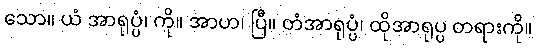
သော။ ယံ အာရုပ္ပံ၊ ကို။ အာဟ၊ ပြီ။ တံအာရုပ္ပံ၊ ထိုအာရုပ္ပ တရားကို။